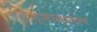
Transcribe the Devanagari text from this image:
ज्ञानानंतर